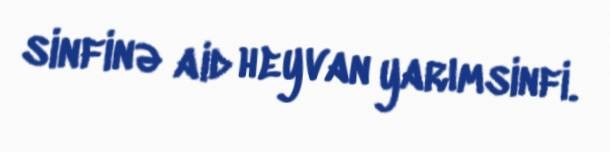
sinfinə aid heyvan yarımsinfi.